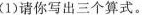
(1)请你写出三个算式。